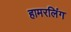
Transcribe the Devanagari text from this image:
हामरलिंग